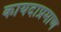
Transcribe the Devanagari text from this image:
कायदाप्रमाण